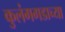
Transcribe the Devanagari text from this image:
कुलंगगडाच्या